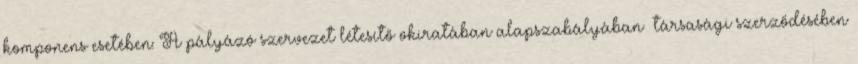
komponens esetében: A pályázó szervezet létesítő okiratában alapszabályában társasági szerződésében